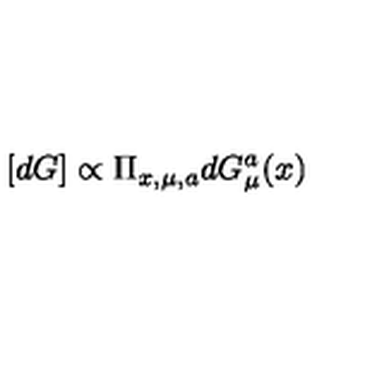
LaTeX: [ d G ] \propto \Pi _ { x , \mu , a } d G _ { \mu } ^ { a } ( x )